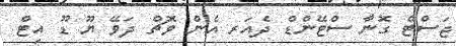
ޖަސްޓް ގޮނާ ސްޓޭންޑް ދެއަރ އެން ވޮޗް ދަވޭ ޔޫ ޑޫ އިޓް